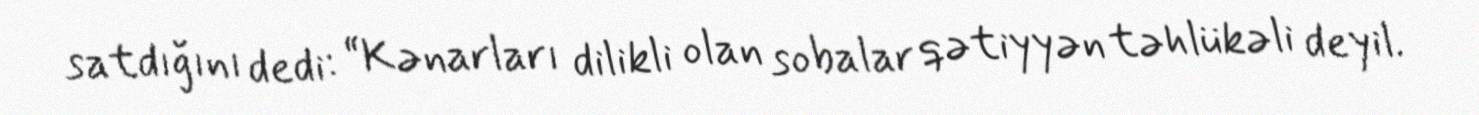
satdığını dedi: “Kənarları dilikli olan sobalar qətiyyən təhlükəli deyil.